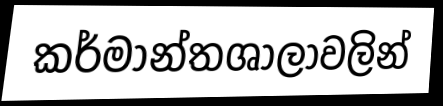
කර්මාන්තශාලාවලින්